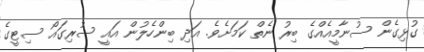
ގުޅިގެން ސުނާމީއެއްގެ ބިރު ނެތް ކަމަށެވެ. އަދި ބިންހެލުން އައީ ސުރިގައޯ ސިޓީގެ